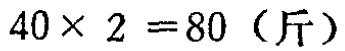
\(40\times 2 = 80\)（斤）